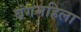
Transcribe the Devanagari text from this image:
बंगमहिला